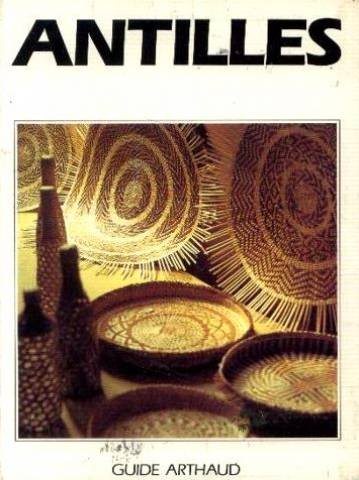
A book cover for Antilles (Guide Arthaud) (French Edition); Jean-Pierre Jardel; Travel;